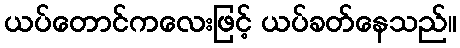
ယပ်တောင်ကလေးဖြင့် ယပ်ခတ်နေသည်။